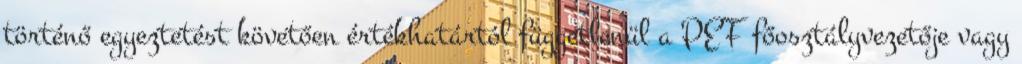
történő egyeztetést követően értékhatártól függetlenül a PEF főosztályvezetője vagy